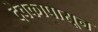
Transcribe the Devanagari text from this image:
देवकापासून